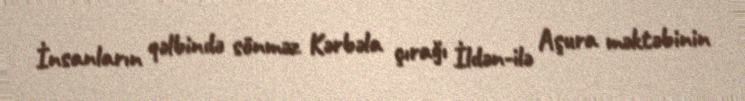
İnsanların qəlbində sönməz Kərbəla çırağı İldən-ilə Aşura məktəbinin